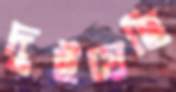
দুইয়েছি